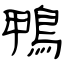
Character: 鸭